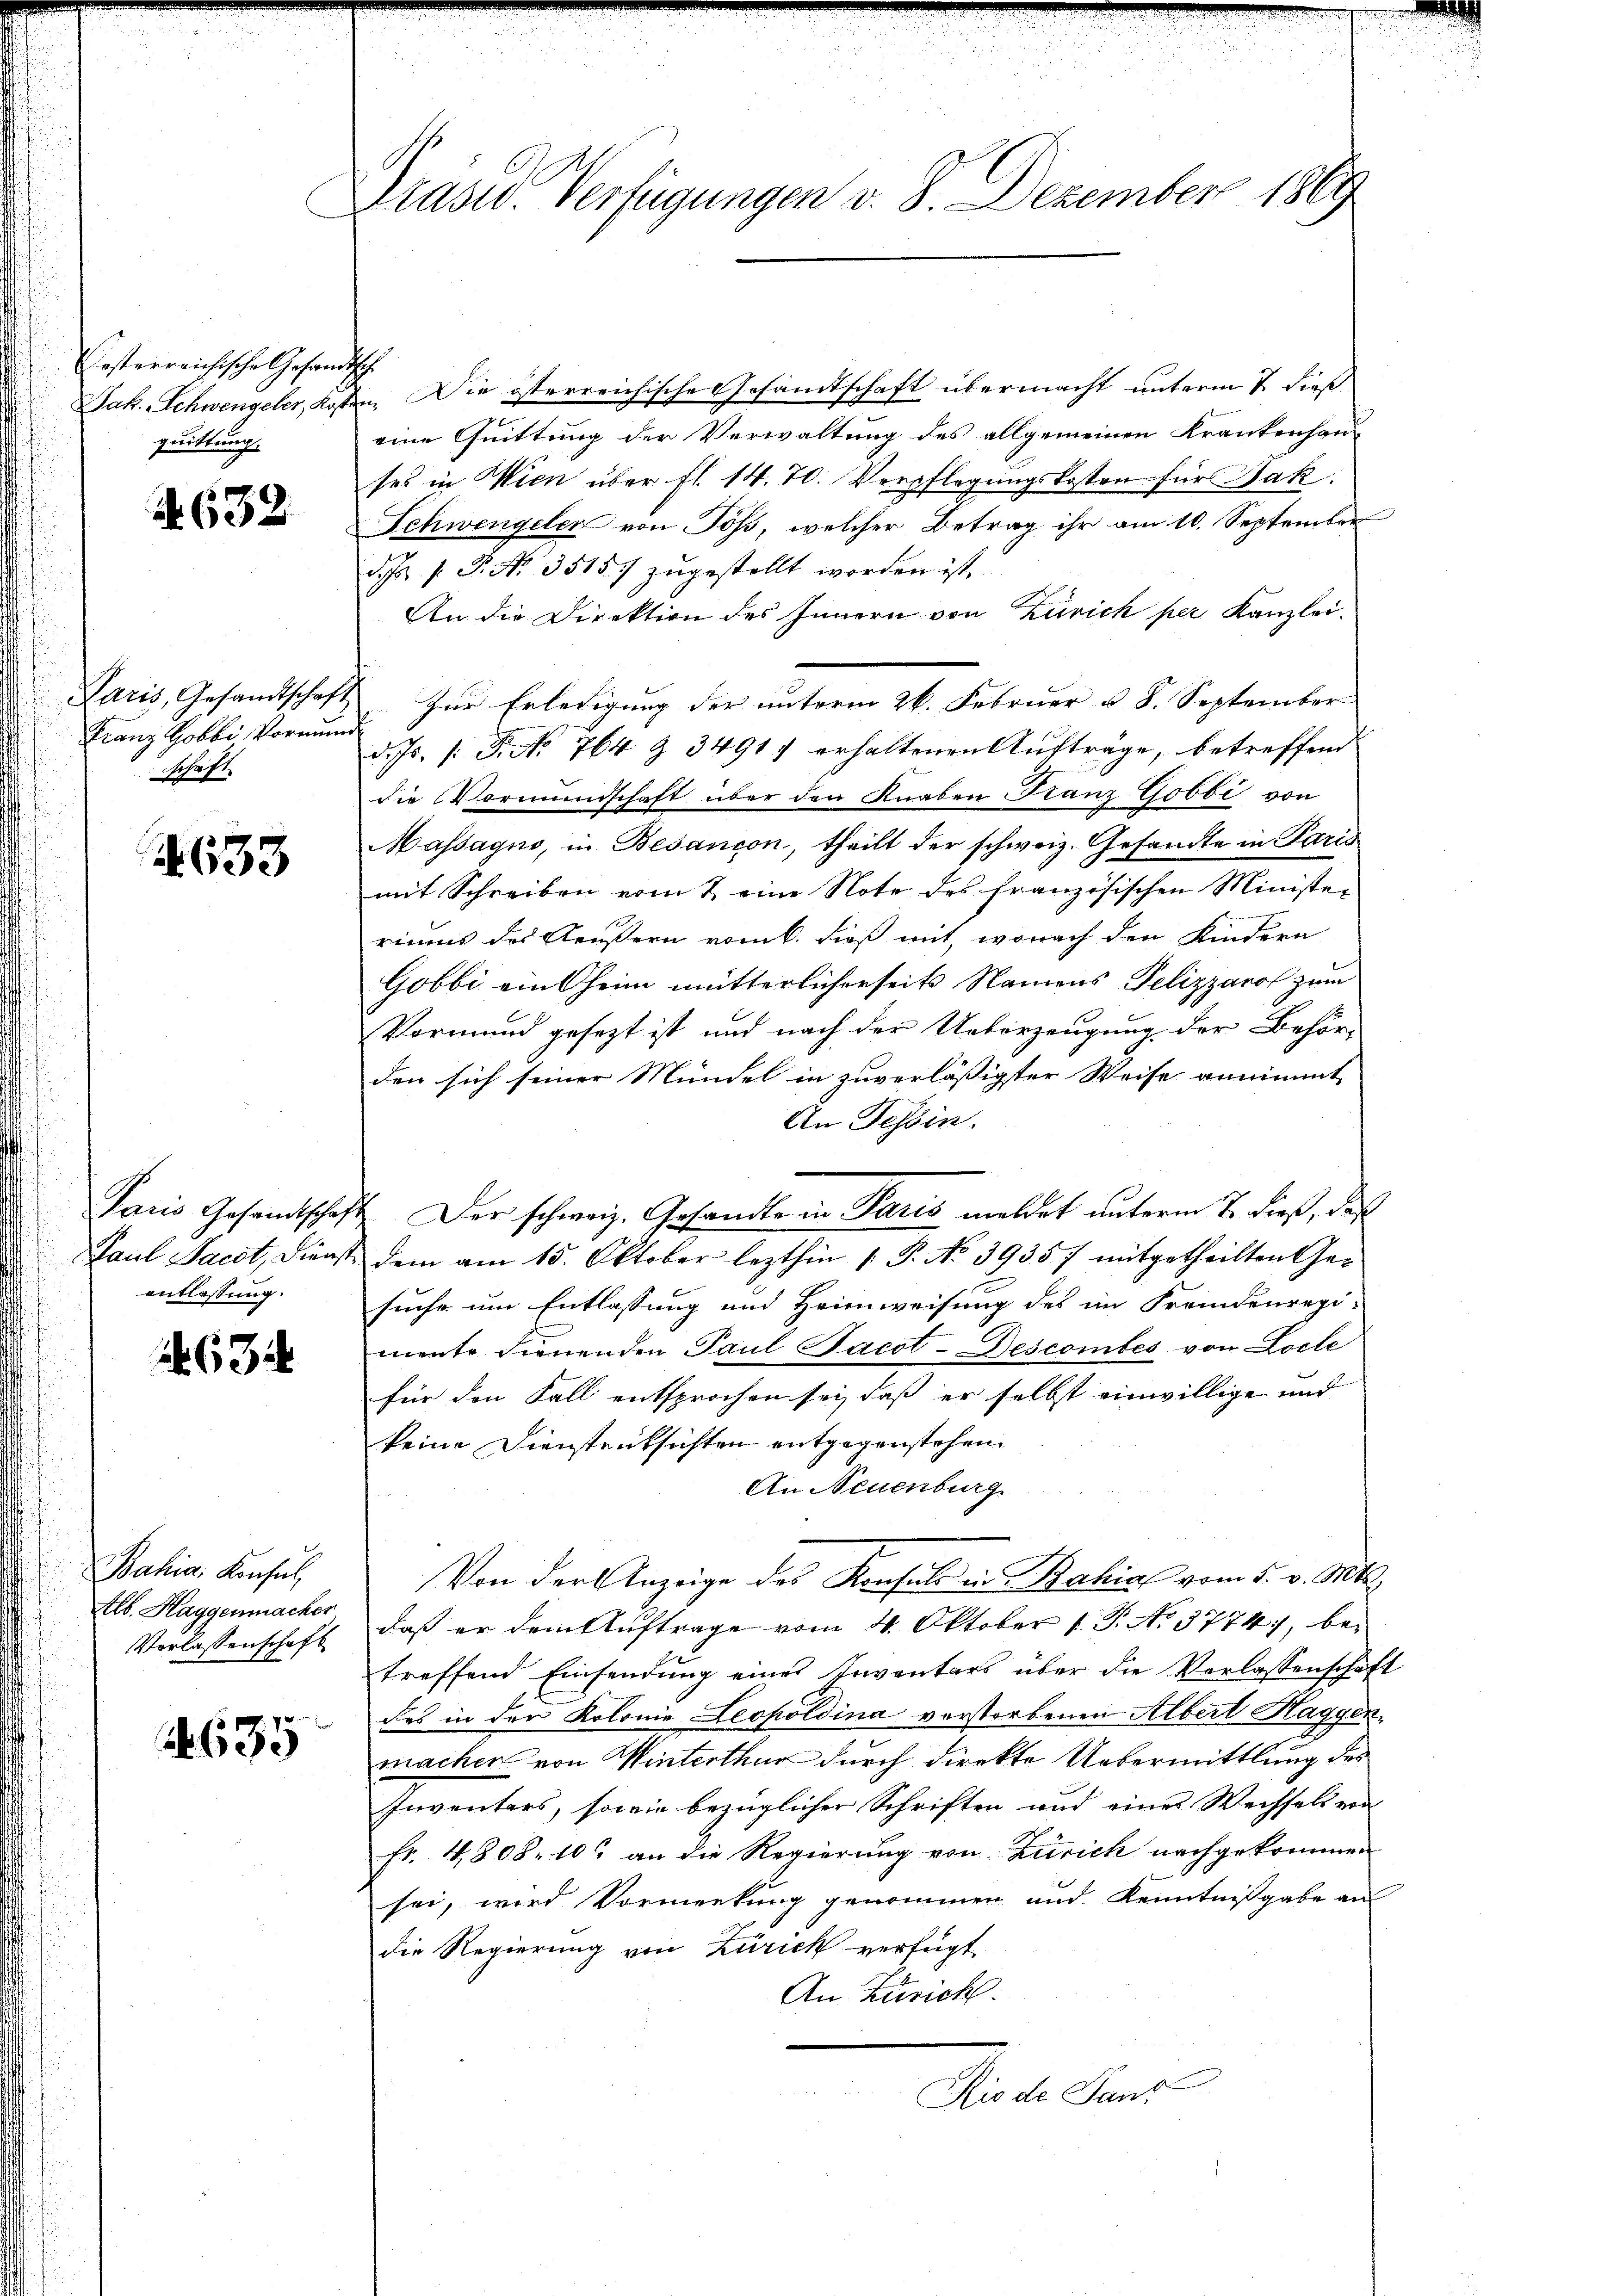
lesterreichische Gesandtsch
quittung.

632

Franz Gobbi, Vormunde
schaft.

633

entlassung.

63

Bahia, Konsul,
Elb. Haggenmacher
Verlassenschaft

2635

Präser Verfügungen v. 8. Dezember 1869

Jak. Schwengeler, Kosten. Die österreichische Gesandtschaft übermacht unterm 7. dieß
eine Quittung der Verwaltung des allgemeinen Krankenhan
ses in Wien über fl. 14. 70. Verpflegungskosten für Jak.
Schwengeler von Töß, welcher Betrag ihr am 10. September
d. P. P. Nr. 35157 zugestellt worden ist.
An die Direktion des Innern von Zürich per Kanzlei¬
Paris, Gesandtschaft zur Erledigung der unterm 26. Februar u. 8. September
d. Js. 1. P. No 764 § 34917 erhaltenen Aufträge, betreffend
die Vormundschaft über den Knaben Franz Gobbi von
Massagio, in Besançon, theilt der schweiz. Gesandte in Paris
mit Schreiben vom 2 eine Note des französischen Ministe-
riums des Aeußern vom 6. dieß mit, wonach den Kindern
Gobbi ein Oheim mütterlicherseits Namens Pelizzarol zum
Vormund gesezt ist und nach der Ueberzeugung der Behör-
den sich seiner Mündel in zuverlässigster Weise annimmt
An Tessin.
Paris Gesandtschaft. Der schweiz. Gesandte in Paris meldet unterm 7. dieß, daß
Paul Sackt, Dienst dem am 15. Oktober lezthin 1 S. No 39357 mitgetheilten Gesuche um Entlassung und Heimweisung des im Fremdenregi-
mente Fernenden Paul Pacot-Descomtes von Locle
für den Fall entsprochen sei, daß er selbst einwillige und
keine Dienstrüksichten entgegenstehen.
An Neuenburg
Von der Anzeige des Konsuls in Bahia vom 5. v. Mts.
daß er dem Auftrage vom 4. Oktober 1 S. No. 3774), bei
treffend Einsendung eines Inventars über die Verlassenschaft
des in der Kolonie Leopoldina vorstorbenen Albert Haggen,
macher von Winterthur durch direkte Uebermittlung des
Inventers, sowie bezüglicher Schriften und eines Wechsels von
Fr. 4808. 10. an die Regierung von Zürich nachgekommen
sei, wird Vormerkung genommen und Kenntnißgabe an
die Regierung von Zürich verfügt
An Zürich.
Dirche Vert